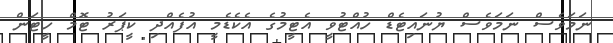
ނަމަވެސް ނަމަވެސް ޔުނައިޓެޑް ހުއްޓުވީ އެޓީމުގެ އެކެޑެމީ އުފެއްދި ކީޕަރު ޓޮމް ހީޓަން